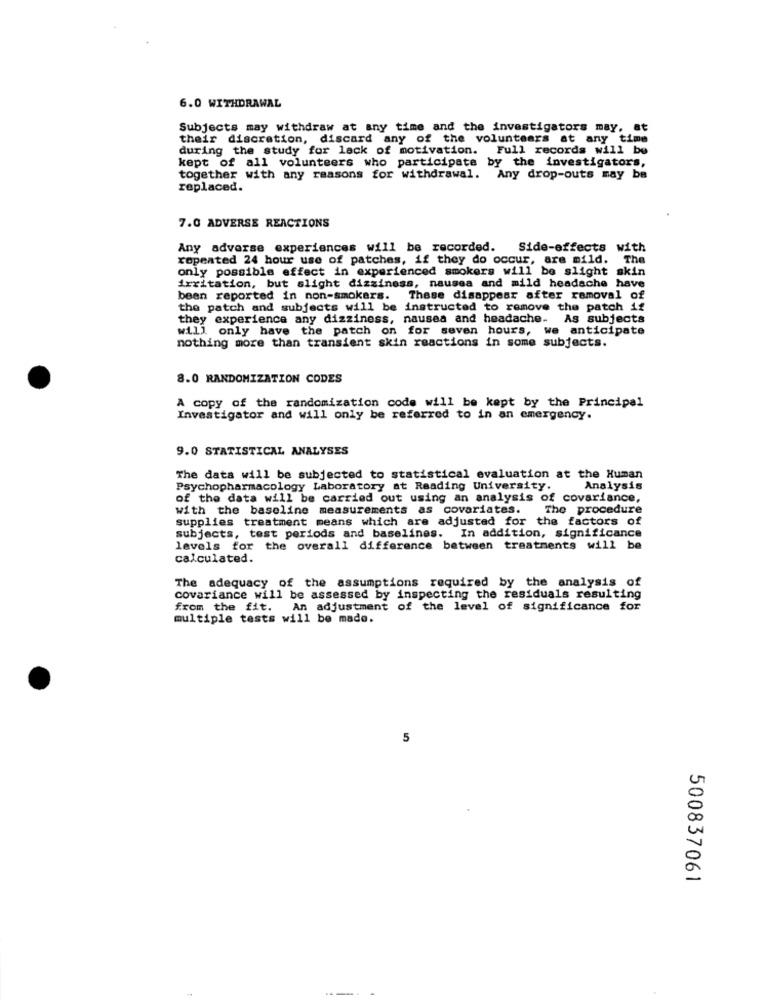
6.0 WITHDRAWAL
Subjects may withdraw at any time and the investigators may, at
their discretion, discard any of the volunteers at any time
during the study for lack of motivation. Full records will be
kept of all volunteers who participate by the investigators,
together with any reasons for withdrawal. Any drop-outs may be
replaced.
7.0 ADVERSE REACTIONS
Any adverse experiences will be recorded.
Side-effects with
ropented 24 hour use of patches, if they do occur, are mild. The
only possible effect in experienced smokers will be slight skin
irritation, but slight dizziness, nausea and mild headache have
been reported in non-smokers. These disappear after removal of
the patch and subjects will be instructed to remove the patch if
they experience any dizziness, nausea and headache. As subjects
will only have the patch on for seven hours, we anticipate
nothing more than transient skin reactions in some subjects.
8.0 RANDOMIZATION CODES
A copy of the randomization code will be kept by the Principal
Investigator and will only be referred to in an emergency.
9.0 STATISTICAL ANALYSES
The data will be subjected to statistical evaluation at the Human
Psychopharmacology Laboratory at Reading University.
Analysis
of the data will be carried out using an analysis of covariance,
with the baseline measurements as covariates.
The procedure
supplies treatment means which are adjusted for the factors of
subjects, test periods and baselines. In addition, significance
levels for the overall difference between treatments will be
calculated.
The adequacy of the assumptions required by the analysis of
covariance will be assessed by inspecting the residuals resulting
from the fit. An adjustment of the level of significance for
multiple tests will be made.
5
500837061